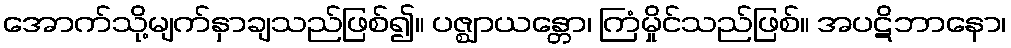
အောက်သို့မျက်နှာချသည်ဖြစ်၍။ ပဇ္ဈာယန္တော၊ ကြံမှိုင်သည်ဖြစ်။ အပဋိဘာနော၊